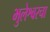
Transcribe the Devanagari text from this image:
भुलेश्वरचा